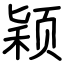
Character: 颖